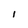
Character: l